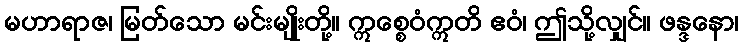
မဟာရာဇ၊ မြတ်သော မင်းမျိုးတို့။ ဣစ္စေဝံဣတိ ဧဝံ၊ ဤသို့လျှင်။ ဖန္ဒနော၊